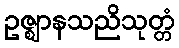
ဥဇ္ဈာနသညိသုတ္တံ